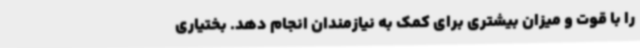
را با قوت و میزان بیشتری برای کمک به نیازمندان انجام دهد. بختیاری